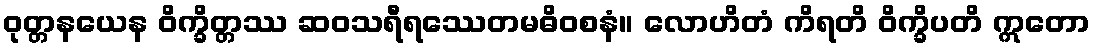
ဝုတ္တနယေန ဝိက္ခိတ္တဿ ဆဝသရီရဿေတမဓိဝစနံ။ လောဟိတံ ကိရတိ ဝိက္ခိပတိ ဣတော